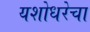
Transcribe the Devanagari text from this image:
यशोधरेचा